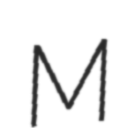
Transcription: M